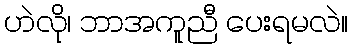
ဟဲလို၊ ဘာအကူညီ ပေးရမလဲ။